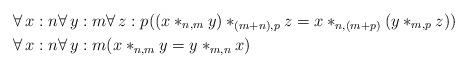
LaTeX: \begin{align*} &\forall\, x:n\forall\, y:m\forall\, z:p((x\ast_{n,m}y)\ast_{(m+n),p}z=x\ast_{n,(m+p)}(y\ast_{m,p} z)) \\ &\forall\, x:n\forall\, y:m(x\ast_{n,m}y=y\ast_{m,n}x) \end{align*}